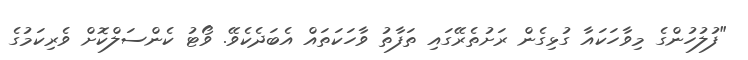
"ފުލުހުންގެ މިވާހަކައާ ގުޅިގެން ރަށުތެރޭގައި ތަފާތު ވާހަކަތައް އެބަދެކެވޭ. ވޯޓު ކެންސަލްކޮށް ވެރިކަމުގެ